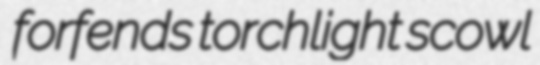
forfends torchlight scowl